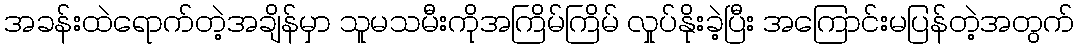
အခန်းထဲရောက်တဲ့အချိန်မှာ သူမသမီးကိုအကြိမ်ကြိမ် လှုပ်နိုးခဲ့ပြီး အကြောင်းမပြန်တဲ့အတွက်